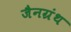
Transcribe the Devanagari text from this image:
जैनग्रंथ